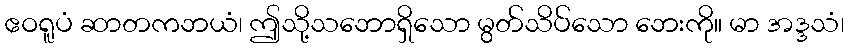
ဧဝရူပံ ဆာတကဘယံ၊ ဤသို့သဘောရှိသော မွတ်သိပ်သော ဘေးကို။ မာ အဒ္ဒသံ၊